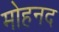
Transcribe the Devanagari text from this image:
मोहनद